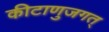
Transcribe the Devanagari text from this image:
कीटाणुजगत्